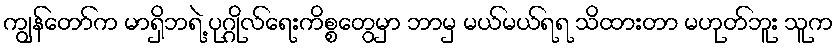
ကျွန်တော်က မာရှိဘရဲ့ ပုဂ္ဂိုလ်ရေးကိစ္စတွေမှာ ဘာမှ မယ်မယ်ရရ သိထားတာ မဟုတ်ဘူး သူက